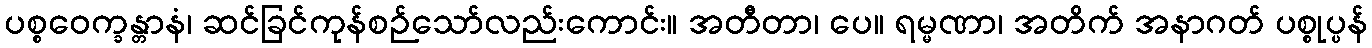
ပစ္စဝေက္ခန္တာနံ၊ ဆင်ခြင်ကုန်စဉ်သော်လည်းကောင်း။ အတီတာ၊ ပေ။ ရမ္မဏာ၊ အတိက် အနာဂတ် ပစ္စုပ္ပန်